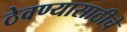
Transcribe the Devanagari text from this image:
ठेवण्यासाठीचे